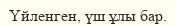
Үйленген, үш ұлы бар.